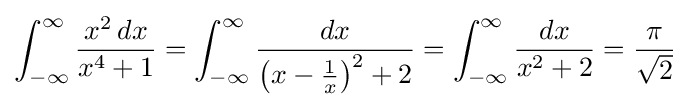
\int _{-\infty }^{\infty }{\frac {x^{2}\,dx}{x^{4}+1}}=\int _{-\infty }^{\infty }{\frac {dx}{\left(x-{\frac {1}{x}}\right)^{2}+2}}=\int _{-\infty }^{\infty }{\frac {dx}{x^{2}+2}}={\frac {\pi }{\sqrt {2}}}